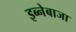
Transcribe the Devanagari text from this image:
इब्नेबाजा